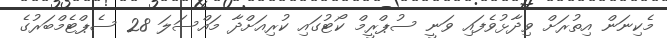
މެކިނަން އިތުރަށް ވިދާޅުވެފައި ވަނީ ސުޕްރީމް ކޯޓުގައި ކުރިއަށްދާ މައްސަލަ 28 ސެޕްޓެމްބަރުގެ